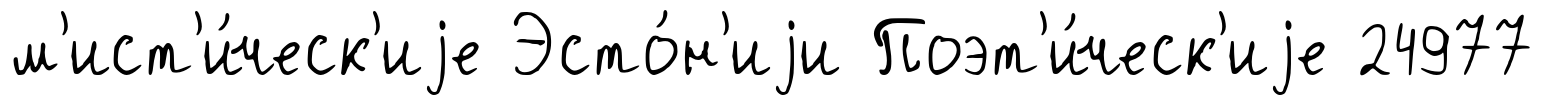
м'ист'и́ческ'иjе Эсто́н'иjи Поэт'и́ческ'иjе 24977